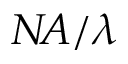
N \! A / \lambda